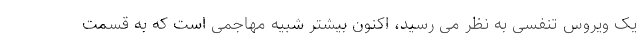
یک ویروس تنفسی به نظر می رسید، اکنون بیشتر شبیه مهاجمی است که به قسمت